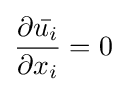
{\frac {\partial {\bar {u_{i}}}}{\partial x_{i}}}=0